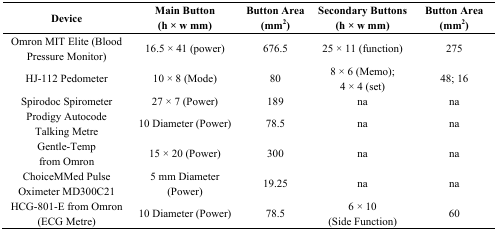
<table><thead><tr><td rowspan="2"><b>Device</b></td><td><b>Main Button</b></td><td><b>Button Area</b></td><td><b>Secondary Buttons</b></td><td><b>Button Area</b></td></tr><tr><td><b>(h × w mm)</b></td><td><b>(mm<sup>2</sup>)</b></td><td><b>(h × w mm)</b></td><td><b>(mm<sup>2</sup>)</b></td></tr></thead><tbody><tr><td>Omron MIT Elite (Blood Pressure Monitor)</td><td>16.5 × 41 (power)</td><td>676.5</td><td>25 × 11 (function)</td><td>275</td></tr><tr><td>HJ-112 Pedometer</td><td>10 × 8 (Mode)</td><td>80</td><td>8 × 6 (Memo);4 × 4 (set)</td><td>48; 16</td></tr><tr><td>Spirodoc Spirometer</td><td>27 × 7 (Power)</td><td>189</td><td>na</td><td>na</td></tr><tr><td>Prodigy Autocode Talking Metre</td><td>10 Diameter (Power)</td><td>78.5</td><td>na</td><td>na</td></tr><tr><td>Gentle-Temp from Omron</td><td>15 × 20 (Power)</td><td>300</td><td>na</td><td>na</td></tr><tr><td>ChoiceMMed Pulse Oximeter MD300C21</td><td>5 mm Diameter (Power)</td><td>19.25</td><td>na</td><td>na</td></tr><tr><td>HCG-801-E from Omron (ECG Metre)</td><td>10 Diameter (Power)</td><td>78.5</td><td>6 × 10 (Side Function)</td><td>60</td></tr></tbody></table>